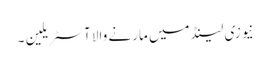
نیوزی لینڈ میں مارنے والا آسٹریلین ۔